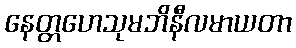
နေတ္တဟေသုမဘိနီလမာယတာ